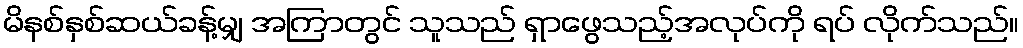
မိနစ်နှစ်ဆယ်ခန့်မျှ အကြာတွင် သူသည် ရှာဖွေသည့်အလုပ်ကို ရပ် လိုက်သည်။